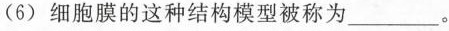
(6) 细胞膜的这种结构模型被称为___。